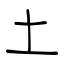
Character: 土